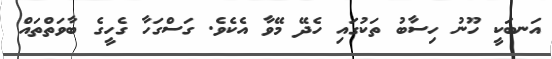
އަނބަކީ ހޫނު ހިސާބު ތަކުގައި ހެދޭ މޭވާ އެކެވެ. ގަސްގަހާ ގެހީގެ ބާވަތްތައް